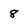
Character: 8